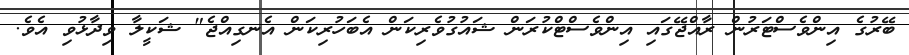
ބޭރުގެ އިންވެސްޓަރުން ރާއްޖޭގައި އިންވެސްޓްކުރަން ޝައުގުވެރިކަން އެބަހުރިކަން އެނގިއްޖެ" ޝަކީލާ ވިދާޅުވި އެވެ.